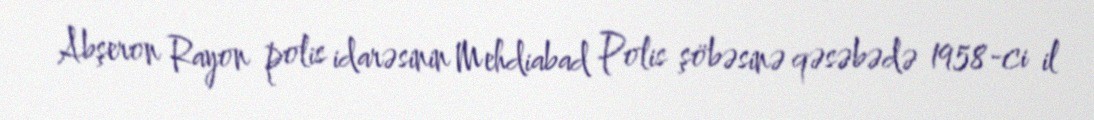
Abşeron Rayon polis idarəsinin Mehdiabad Polis şöbəsinə qəsəbədə 1958-ci il